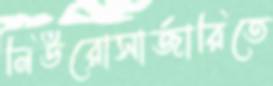
নিউরোসার্জারিতে